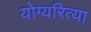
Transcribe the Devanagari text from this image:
योग्यरित्या